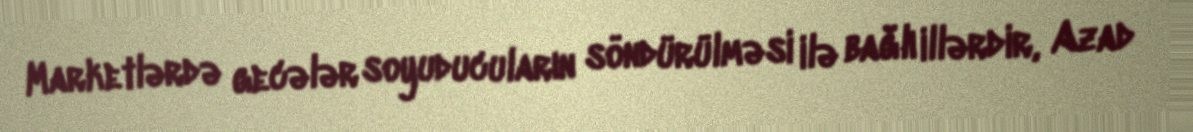
Marketlərdə gecələr soyuducuların söndürülməsi ilə bağlı illərdir, Azad